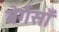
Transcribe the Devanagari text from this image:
बेर्गसाँ